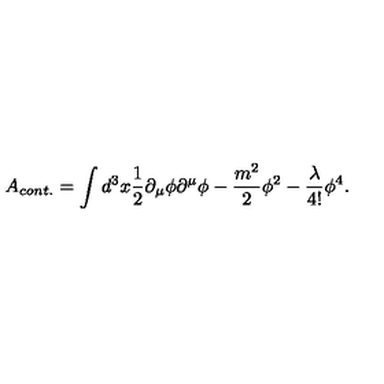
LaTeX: A _ { c o n t . } = \int d ^ { 3 } x \frac { 1 } { 2 } \partial _ { \mu } \phi \partial ^ { \mu } \phi - \frac { m ^ { 2 } } { 2 } \phi ^ { 2 } - \frac { \lambda } { 4 ! } \phi ^ { 4 } .